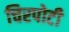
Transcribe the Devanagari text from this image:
चिरपोटी